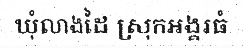
ឃុំលាងដៃ ស្រុកអង្គរធំ